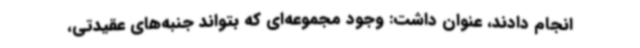
انجام دادند، عنوان داشت: وجود مجموعه‌ای که بتواند جنبه‌های عقیدتی،